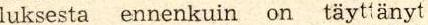
luksesta ennenkuin on täyttänyt